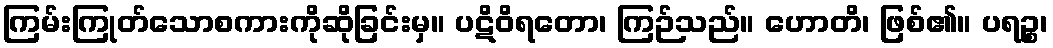
ကြမ်းကြုတ်သောစကားကိုဆိုခြင်းမှ။ ပဋိဝိရတော၊ ကြဉ်သည်။ ဟောတိ၊ ဖြစ်၏။ ပရဉ္စ၊